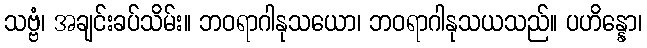
သဗ္ဗံ၊ အချင်းခပ်သိမ်း။ ဘဝရာဂါနုသယော၊ ဘဝရာဂါနုသယသည်။ ပဟိန္နော၊